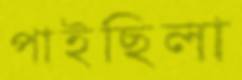
পাইছিলা